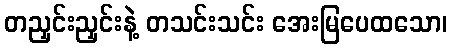
တညှင်းညှင်းနဲ့ တသင်းသင်း အေးမြပေထသော၊